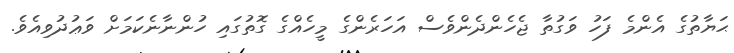
ޙަޔާތުގެ އެންމެ ފަހު ވަގުތާ ޖެހެންދެންވެސް އަހަރެންގެ މީހެއްގެ ގޮތުގައި ހުންނާނެކަމަށް ވަޢުދުވިއެވެ.